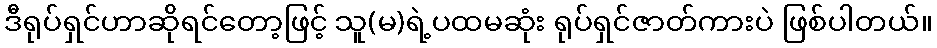
ဒီရုပ်ရှင်ဟာဆိုရင်တော့ဖြင့် သူ(မ)ရဲ့ပထမဆုံး ရုပ်ရှင်ဇာတ်ကားပဲ ဖြစ်ပါတယ်။